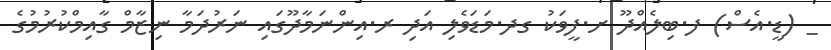
_ (ޑީ.އެސް) ފ.ބިލެއްދޫ ށ.ފީވަކު ގދ.މަޑަވެލި އަދި ރ.އިންނަމާދޫގައި ނަރުދަމާ ނިޒާމް ގާއިމްކުރުމުގެ